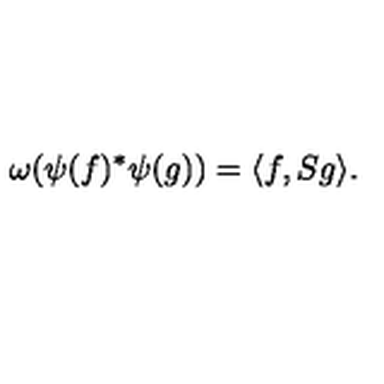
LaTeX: \omega ( \psi ( f ) ^ { * } \psi ( g ) ) = \langle f , S g \rangle .